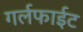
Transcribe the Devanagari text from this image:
गर्लफाईट